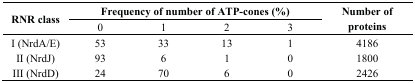
| <ROWSPAN=2> RNR class | <COLSPAN=4> Frequency of number of ATP-cones (%) | <ROWSPAN=2> Number of proteins |
 | 0 | 1 | 2 | 3 |
 | --- | --- | --- | --- | --- | --- |
 | I (NrdA/E) | 53 | 33 | 13 | 1 | 4186 |
 | II (NrdJ) | 93 | 6 | 1 | 0 | 1800 |
 | III (NrdD) | 24 | 70 | 6 | 0 | 2426 |